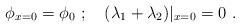
LaTeX: \begin{align*}\phi_{x=0} = \phi_0 \ ; \quad (\lambda_1 + \lambda_2)|_{x=0}= 0 \ .\end{align*}